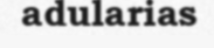
adularias